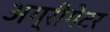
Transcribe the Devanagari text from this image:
अग्रीगेटर